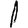
Digit: 1